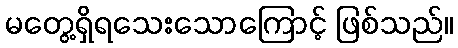
မတွေ့ရှိရသေးသောကြောင့် ဖြစ်သည်။